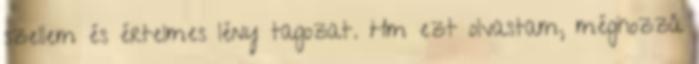
szellem és értelmes lény tagozat. Hm ezt olvastam, méghozzá